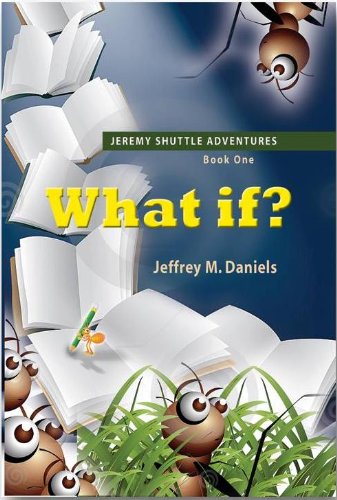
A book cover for What If? - Jeremy Shuttle Adventures, Book One; Jeffrey M. Daniels; Science Fiction & Fantasy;